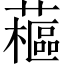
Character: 藲